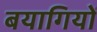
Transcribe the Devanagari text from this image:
बयागियों